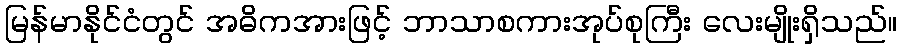
မြန်မာနိုင်ငံတွင် အဓိကအားဖြင့် ဘာသာစကားအုပ်စုကြီး လေးမျိုးရှိသည်။